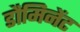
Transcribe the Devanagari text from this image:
डौमिनेंट